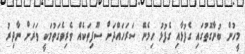
މީހުން ބުނާގޮތުގައި ގެފުޅާއި ގެފުޅު ހިމެނޭ ސަރަހައްދަށް ސޫފިތަކެއް ވެރިވެގަތުމަކީ ވަރަށް ނާދިރު